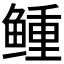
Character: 𩾋